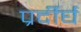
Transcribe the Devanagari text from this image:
प्रर्दीर्घ